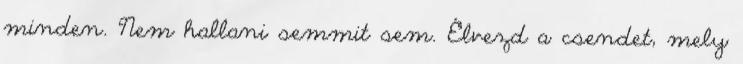
minden. Nem hallani semmit sem. Élvezd a csendet, mely